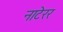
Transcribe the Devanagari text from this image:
नाटेरर